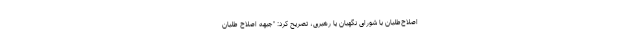
اصلاح‌طلبان با شورای نگهبان یا رهبری، تصریح کرد: "جبهه اصلاح طلبان